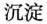
沉淀